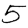
Digit: 5